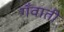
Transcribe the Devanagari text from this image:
गँवाती